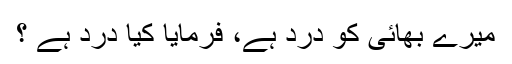
میرے بھائی کو درد ہے، فرمایا کیا درد ہے ؟